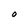
Character: O